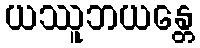
ယဿူဘယန္တေ